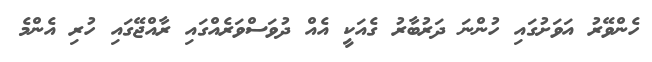
ހެންވޭރު އަވަށުގައި ހުންނަ ދަރުބާރު ގެއަކީ އެއް ދުވަސްވަރެއްގައި ރާއްޖޭގައި ހުރި އެންމެ